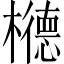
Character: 𱤰